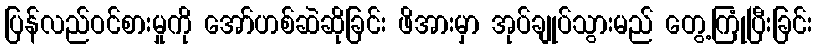
ပြန်လည်ဝင်စားမှုကို အော်ဟစ်ဆဲဆိုခြင်း ဖိအားမှာ အုပ်ချုပ်သွားမည် တွေ့ကြုံပြီးခြင်း